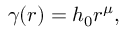
\gamma ( r ) = h _ { 0 } r ^ { \mu } ,